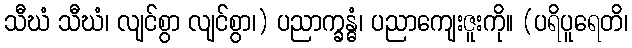
သီဃံ သီဃံ၊ လျင်စွာ လျင်စွာ၊) ပညာက္ခန္ဓံ၊ ပညာကျေးဇူးကို။ (ပရိပူရေတိ၊